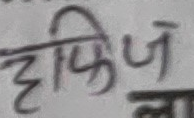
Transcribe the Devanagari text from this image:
हाफिज